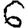
Digit: 6